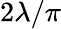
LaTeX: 2\lambda/\pi